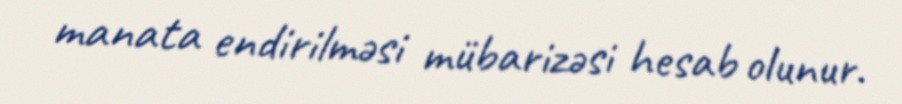
manata endirilməsi mübarizəsi hesab olunur.